Medical and sanitary report on the native army of Bombay for the year
Year: 1879
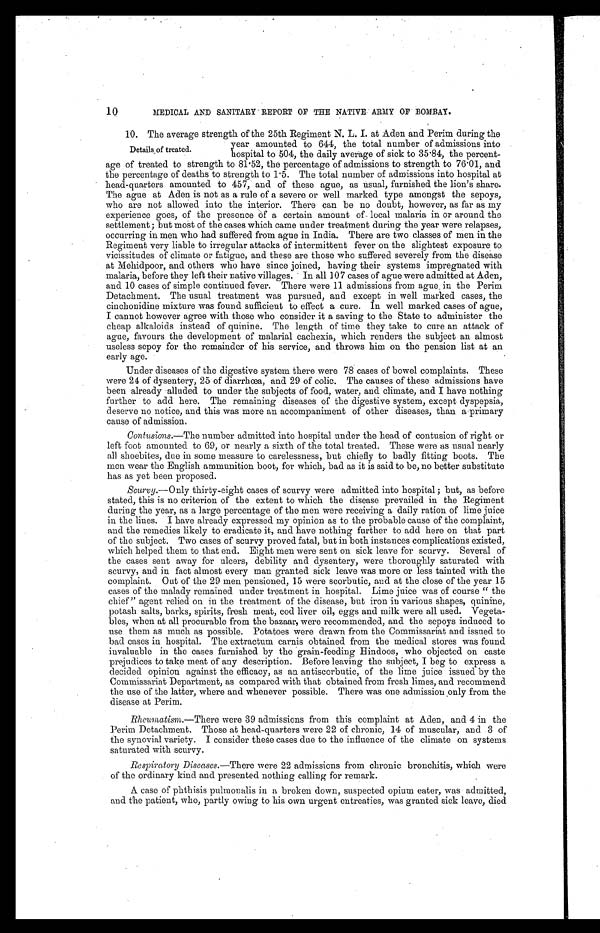
10
MEDICAL AND SANITARY REPORT OF THE NATIVE ARMY OF BOMBAY.
10. The average strength of the 25th Regiment N. L. I. at Aden and Perim during the
year amounted to 644, the total number of admissions into
hospital to 504, the daily average of sick to 35 .84, the percent
-age of treated to strength to 81·52, the percentage of admissions to strength to 76.01, and
the percentage of deaths to strength to 1 . 5. The total number of admissions into hospital at
head-quarters amounted to 457, and of these ague, as usual, furnished the lion's share.
The ague at Aden is not as a rule of a severe or well marked type amongst the sepoys,
who are not allowed into the interior. There can be no doubt, however, as far as my
experience goes, of the presence of a certain amount of-local malaria in or around the
settlement; but most of the cases which came under treatment during the year were relapses,
occurring in men who had suffered from ague in India. There are two classes of men in the
Regiment very liable to irregular attacks of intermittent fever on the slightest exposure to
vicissitudes of climate or fatigue, and these are those who suffered severely from the disease
at Mehidpoor, and others who have since joined, having their systems impregnated with
malaria, before they left their native villages. In all 107 cases of ague were admitted at Aden,
and 10 cases of simple continued fever. There were 11 admissions from ague in the Perim
Detachment. The usual treatment was pursued, and except in well marked cases, the
cinchonidine mixture was found sufficient to effect a cure. In well marked cases of ague,
I cannot however agree with those who consider it a saving to the State to administer the
cheap alkaloids instead of quinine. The length of time they take to cure an attack of
ague, favours the development of malarial cachexia, which renders the subject an almost
useless sepoy for the remainder of his service, and throws him on the pension list at an
early age.
Under diseases of the digestive system there were 78 cases of bowel complaints. These
were 21 of dysentery, 25 of diarrhœa, and 29 of colic. The causes of these admissions have
been already alluded to under the subjects of food, water, and climate, and I have nothing
further to add here. The remaining diseases of the digestive system, except dyspepsia,
deserve no notice, and this was more an accompaniment of other diseases, than a primary
cause of admission.
Contusions.—The number admitted into hospital under the head of contusion of right or
left foot amounted to 69, or nearly a sixth of the total treated. These were as usual nearly
all shoebites, due in some measure to carelessness, but chiefly to badly fitting boots. The
men wear the English ammunition boot, for which, bad as it is said to be, no better substitute
has as yet been proposed.
Scurvy. —Only thirty-eight cases of scurvy were admitted into hospital; but, as before
stated, this is no criterion of the extent to which the disease prevailed in the Regiment
during the year, as a large percentage of the men were receiving a daily ration of lime juice
in the lines. I have already expressed my opinion as to the probable cause of the complaint,
and the remedies likely to eradicate it, and have nothing further to add here on that part
of the subject. Two cases of scurvy proved fatal, but in both instances complications existed,
which helped them to that end. Eight men were sent on sick leave for scurvy. Several of
the cases sent away for ulcers, debility and dysentery, were thoroughly saturated with
scurvy, and in fact almost every man granted sick leave was more or less tainted with the
complaint. Out of the 29 men pensioned, 15 were scorbutic, and at the close of the year 15
cases of the malady remained under treatment in hospital. Lime juice was of course "the
chief" agent relied on in the treatment of the disease, but iron in various shapes, quinine,
potash salts, barks, spirits, fresh meat, cod liver oil, eggs and milk were all used. Vegeta-
-bles, when at all procurable from the bazaar, were recommended, and the sepoys induced to
use them as much as possible. Potatoes were drawn from the Commissariat and issued to
bad cases in hospital. The extractum carnis obtained from the medical stores was found
invaluable in the cases furnished by the grain-feeding Hindoos, who objected on caste
prejudices to take meat of any description. Before leaving the subject, I beg to express a
decided opinion against the efficacy, as an antiscorbutic, of the lime juice issued by the
Commissariat Department, as compared with that obtained from fresh limes, and recommend
the use of the latter, where and whenever possible. There was one admission only from the
disease at Perim.
Rheumatism. —There were 39 admissions from this complaint at Aden, and 4 in the
Perim Detachment. Those at head-quarters were 22 of chronic, 14 of muscular, and 3 of
the synovial variety. I consider these cases due to the influence of the climate on systems
saturated with scurvy.
Respiratory Diseases. —There were 22 admissions from chronic bronchitis, which were
of the ordinary kind and presented nothing calling for remark.
A case of phthisis pulmonalis in a broken down, suspected opium eater, was admitted,
and the patient, who, partly owing to his own urgent entreaties, was granted sick leave, died
Details of treated.